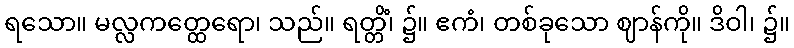
ရသော။ မလ္လကတ္ထေရော၊ သည်။ ရတ္တိံ၊ ၌။ ဧကံ၊ တစ်ခုသော ဈာန်ကို။ ဒိဝါ၊ ၌။